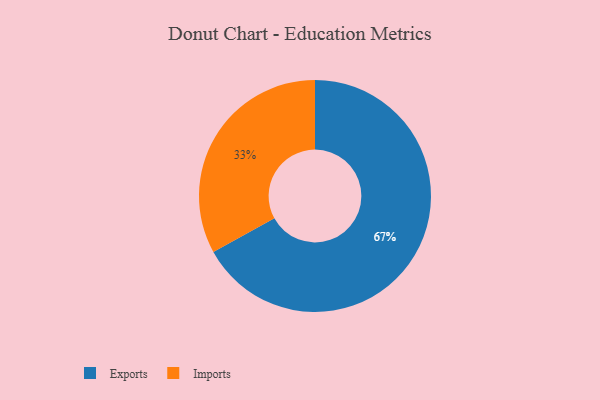
{"axis": {"x": "Category", "y": "Percentage"}, "legend": ["Exports", "Imports"], "data": [{"x": "Imports", "y": 33, "type": "Imports"}, {"x": "Exports", "y": 67, "type": "Exports"}]}